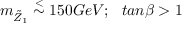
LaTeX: m _ { \tilde { Z } _ { 1 } } \stackrel { < } { \sim } 1 5 0 G e V ; ~ ~ t a n \beta > 1